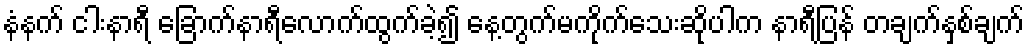
နံနက် ငါးနာရီ ခြောက်နာရီလောက်ထွက်ခဲ့၍ နေ့တွက်မကိုက်သေးဆိုပါက နာရီပြန် တချက်နှစ်ချက်